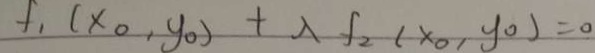
f _ { 1 } ( x _ { 0 } , y _ { 0 } ) + \lambda f _ { 2 } ( x _ { 0 } , y _ { 0 } ) = 0